Lunatic asylums Madras 1877-1891 - 1877-1891
Year: 1877
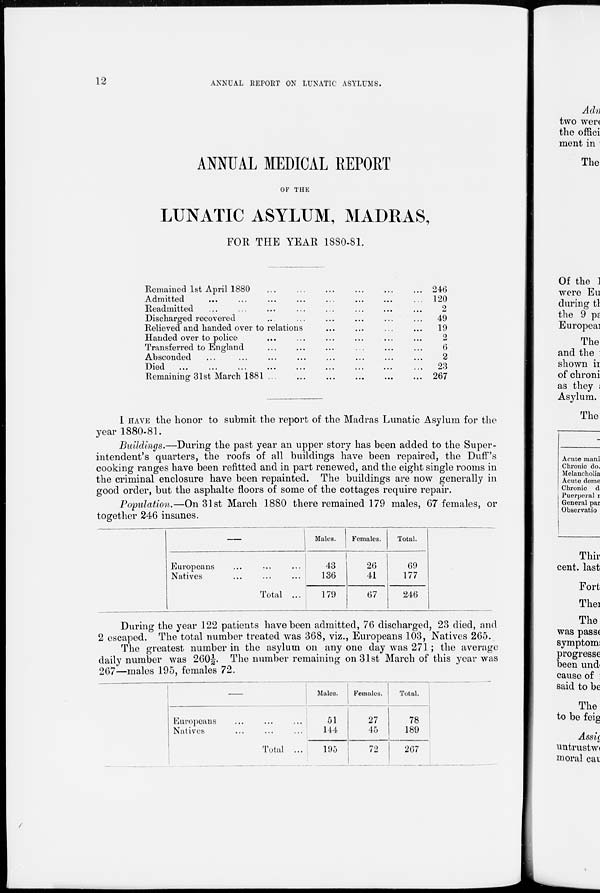
12
ANNUAL REPORT ON LUNATIC ASYLUMS.
ANNUAL MEDICAL REPORT
OF THE
LUNATIC ASYLUM, MADRAS,
FOR THE YEAR 1880-81.
Remained 1st April 1880 ... ... ... ... ... ... ...
Admitted … … … … … …
Readmitted … … … … … …
Discharged recovered … … … … … …
Relieved and handed over to relations … … … … … …
Handed over to police … … … … … …
Transferred to England … … … … … …
Absconded … … … … … …
Died … … … … … …
Remaining 31st March 1881 … … … … … …
246
120
2
49
19
2
6
2
23
267
I HAVE the honor to submit the report of the Madras Lunatic Asylum for the
year 1880-81.
Buildings.—During the past year an upper story has been added to the Super-
intendent's quarters, the roofs of all buildings have been repaired, the Duff's
cooking ranges have been refitted and in part renewed, and the eight single rooms in
the criminal enclosure have been repainted. The buildings are now generally in
good order, but the asphalte floors of some of the cottages require repair.
Population.—On 31st March 1880 there remained 179 males, 67 females, or
together 246 insanes.
—
Europeans ... ... ...
Natives ... ... ...
Total ...
Males.
43
136
179
Females.
26
41
67
Total.
69
177
246
During the year 122 patients have been admitted, 76 discharged, 23 died, and
2 escaped. The total number treated was 368, viz., Europeans 103, Natives 265.
The greatest number in the asylum on any one day was 271 ; the average
daily number was 260½. The number remaining on 31st March of this year was
267—males 195, females 72.
—
Europeans ... ... ...
Natives ... ... ...
Total ...
Males.
51
144
195
Females.
27
45
72
Total.
78
189
267